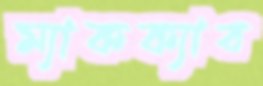
ম্যাকক্যাব